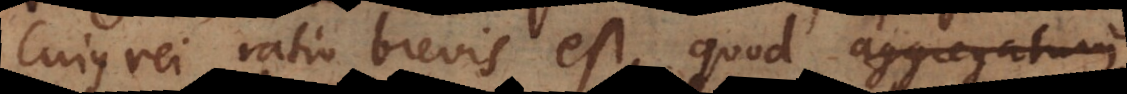
Cujus rei ratio brevis est, quod aggregatum